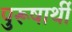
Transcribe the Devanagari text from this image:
पुरूषार्थी